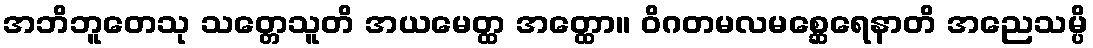
အဘိဘူတေသု သတ္တေသူတိ အယမေတ္ထ အတ္ထော။ ဝိဂတမလမစ္ဆေရေနာတိ အညေသမ္ပိ